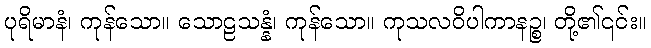
ပုရိမာနံ၊ ကုန်သော။ သောဠသန္နံ၊ ကုန်သော။ ကုသလဝိပါကာနဉ္စ၊ တို့၏၎င်း။